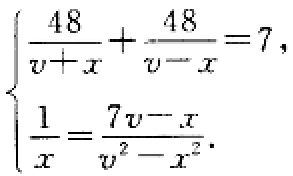
\[\begin{cases}
\frac{48}{v + x}+\frac{48}{v - x}=7,\\
\frac{1}{x}=\frac{7v - x}{v^{2}-x^{2}}.
\end{cases}\]